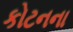
કોટનના